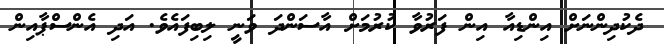
ދެކުދިންނަށް އިންޑިއާ އިން ފަރުވާ ކުރުމަށް އާސަންދަ ވަނީ ލިބިފައެވެ. އަދި އެންސްޕާއިން